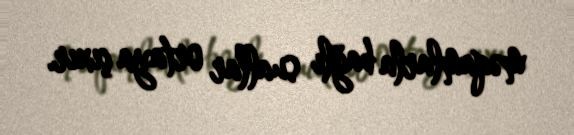
məqamlarla bağlı suallar ortaya çıxır.